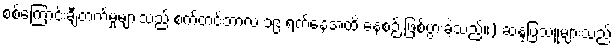
စစ်ကြောင်းချီတက်မှုများသည် စက်တင်ဘာလ ၁၉ ရက်နေ့အထိ နေ့စဉ် ဖြစ်ပွားခဲ့သည်။) ဆန္ဒပြသူများသည်